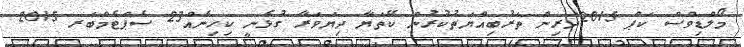
މޯލްޑިވްސް ކަޕް 2015ދަރިން ތަރުބިއްޔަތުކުރުން ކޭތަޔާ ދިޔަވަރާ ގުޅެނީ ކިހިނެއް23 ސެޕްޓެމްބަރ 2015